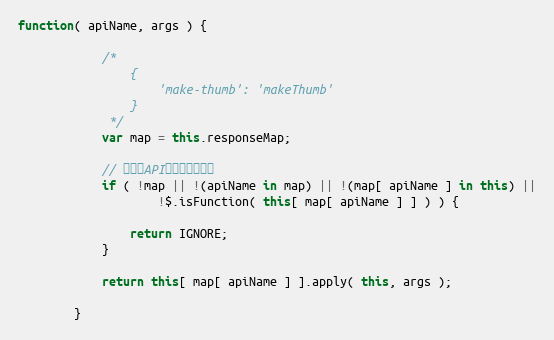
Language: JavaScript
function( apiName, args ) {

            /*
                {
                    'make-thumb': 'makeThumb'
                }
             */
            var map = this.responseMap;

            // 如果无API响应声明则忽略
            if ( !map || !(apiName in map) || !(map[ apiName ] in this) ||
                    !$.isFunction( this[ map[ apiName ] ] ) ) {

                return IGNORE;
            }

            return this[ map[ apiName ] ].apply( this, args );

        }